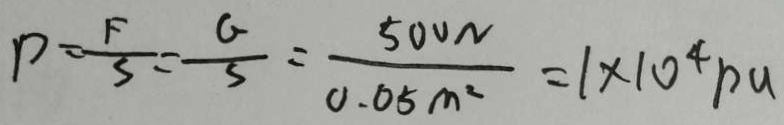
P = \frac { F } { s } = \frac { a } { s } = \frac { 5 0 0 N } { 0 . 0 5 m ^ { 2 } } = 1 \times 1 0 ^ { 4 } p a